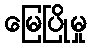
မြေပြိုမှု